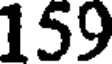
159